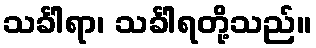
သင်္ခါရာ၊ သင်္ခါရတို့သည်။